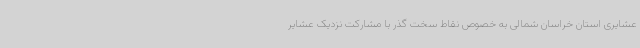
عشایری استان خراسان شمالی به خصوص نقاط سخت گذر با مشارکت نزدیک عشایر